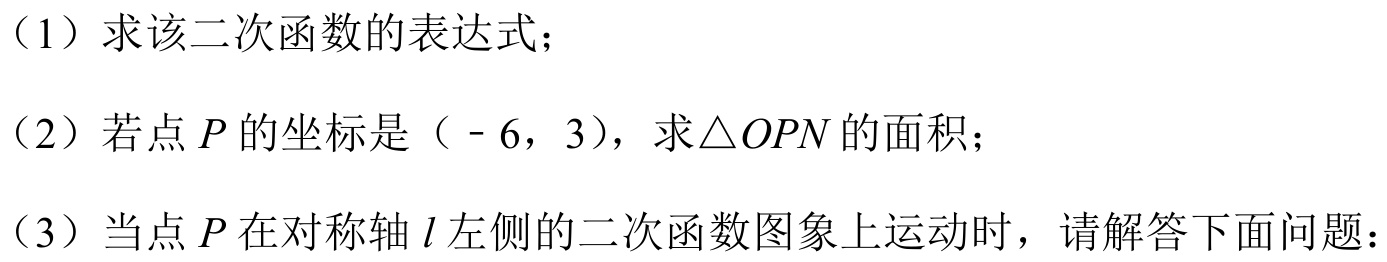
（1）求该二次函数的表达式；
（2）若点$P$的坐标是（$-6$，$3$），求$\triangle OPN$的面积；
（3）当点$P$在对称轴$l$左侧的二次函数图象上运动时，请解答下面问题：